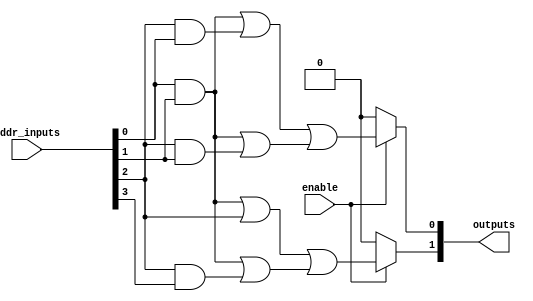
module JewelPAL (
    input wire [NUM_INPUTS-1:0] addr_inputs,  // Inputs to the Jewel PAL
    output wire [NUM_OUTPUTS-1:0] outputs,      // Outputs from the Jewel PAL
    input wire enable                              // Enable signal (optional)
);

// Parameters defining the size of the design
parameter NUM_INPUTS = 4;             // Number of inputs
parameter NUM_AND_GATES = 4;          // Number of programmable AND gates
parameter NUM_OUTPUTS = 2;             // Number of fixed OR gates

// Internal signal definitions
wire [NUM_AND_GATES-1:0] and_outputs; // Outputs from the AND gates

// Programmable AND array
genvar i;
generate
    for (i = 0; i < NUM_AND_GATES; i = i + 1) begin : and_array
        // Example of programming connections - customize as needed
        assign and_outputs[i] = 
            (addr_inputs[0] & addr_inputs[1]) | // Connect inputs to AND gates as needed
            (addr_inputs[2] & addr_inputs[i % NUM_INPUTS]); 
    end
endgenerate

// Fixed OR array
assign outputs[0] = (enable) ? (and_outputs[0] | and_outputs[1]) : 1'b0; // First OR output
assign outputs[1] = (enable) ? (and_outputs[2] | and_outputs[3]) : 1'b0; // Second OR output

endmodule